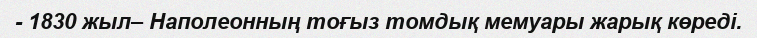
- 1830 жыл– Наполеонның тоғыз томдық мемуары жарық көреді.